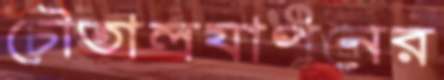
চৌতালযাপনের